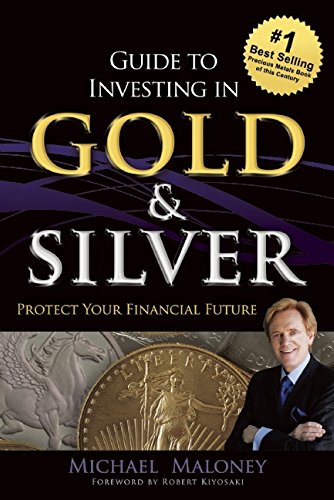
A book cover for Guide To Investing in Gold & Silver: Protect Your Financial Future; Michael Maloney; Business & Money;